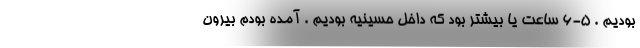
بودیم . ۵-۶ ساعت یا بیشتر بود که داخل حسینیه بودیم . آمده بودم بیرون